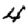
Digit: 4